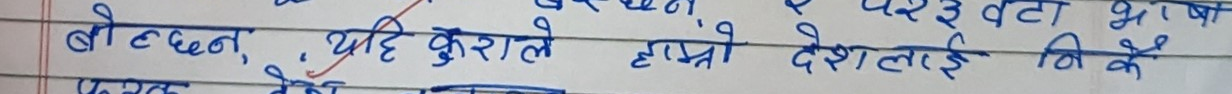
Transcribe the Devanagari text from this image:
बोटछन्, यदि कुराले हाम्रो देशलाई नि कै